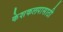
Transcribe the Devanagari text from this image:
केशकलपासाठी